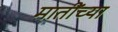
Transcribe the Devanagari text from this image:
मातींच्या